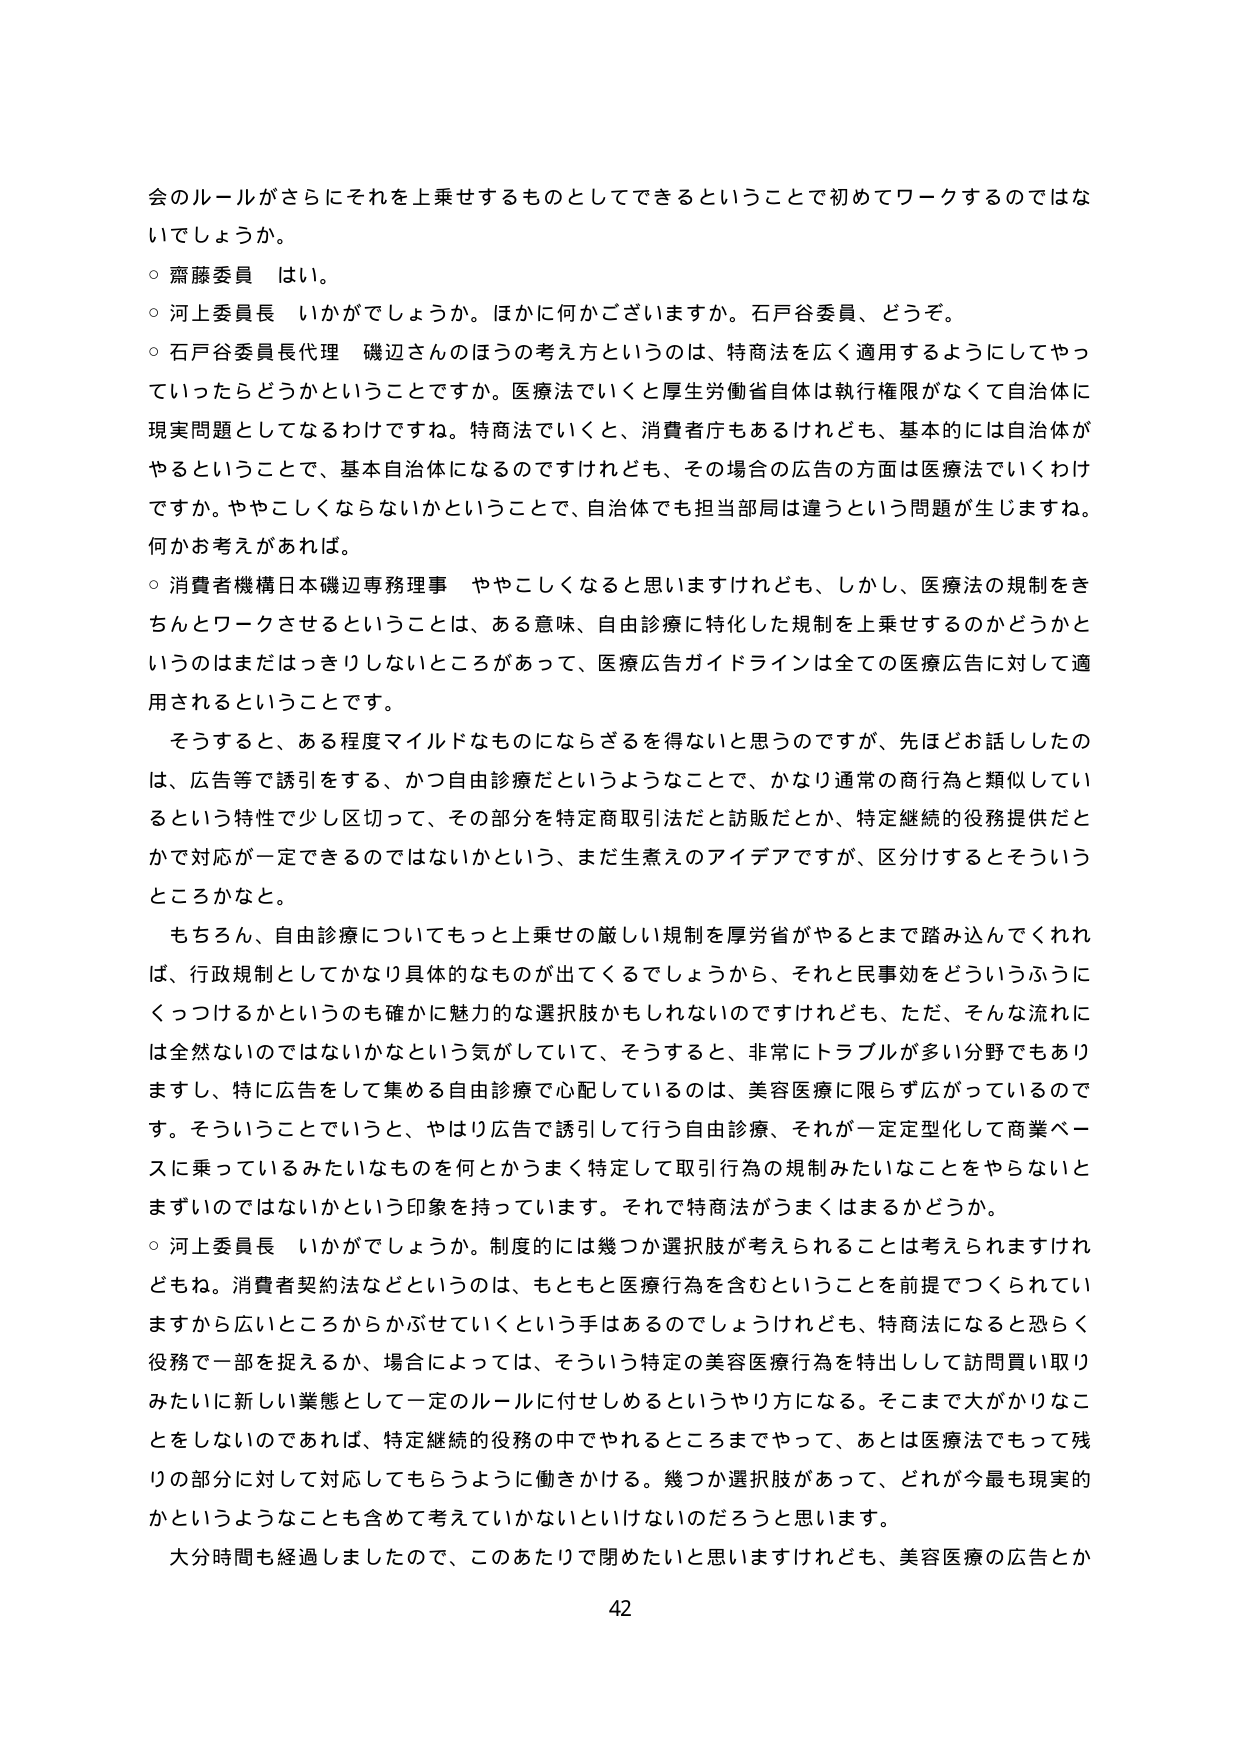
会のルールがさらにそれを上乗せするものとしてできるということで初めてワークするのではな
いでしょうか。
○ 齋藤委員 はい。
○ 河上委員長 いかがでしょうか。ほかに何かございますか。石戸谷委員、どうぞ。
○ 石戸谷委員長代理 磯辺さんのほうの考え方というのは、特商法を広く適用するようにしてやっ
ていったらどうかということですか。医療法でいくと厚生労働省自体は執行権限がなくて自治体に
現実問題としてなるわけですね。特商法でいくと、消費者庁もあるけれども、基本的には自治体が
やるということで、基本自治体になるのですけれども、その場合の広告の方面は医療法でいくわけ
ですか。ややこしくならないかということで、自治体でも担当部局は違うという問題が生じますね。
何かお考えがあれば。
○ 消費者機構日本磯辺専務理事 ややこしくなると思いますけれども、しかし、医療法の規制をき
ちんとワークさせるということは、ある意味、自由診療に特化した規制を上乗せするのかどうかと
いうのはまだはっきりしないところがあって、医療広告ガイドラインは全ての医療広告に対して適
用されるということです。
　そうすると、ある程度マイルドなものにならざるを得ないと思うのですが、先ほどお話したの
は、広告等で誘引をする、かつ自由診療だというようなことで、かなり通常の商行為と類似してい
るという特性で少し区切って、その部分を特定商取引法だと訪販だとか、特定継続的役務提供だと
かで対応が一定できるのではないかという、まだ生煮えのアイデアですが、区分けるとそういう
ところかなと。
　もちろん、自由診療についてもっと上乗せの厳しい規制を厚労省がやるとまで踏み込んでくれれ
ば、行政規制としてかなり具体的なものが出てくるでしょうから、それと民事効をどういうふうに
くっつけるかというのも確かに魅力的な選択肢かもしれないのですけれども、ただ、そんな流れに
は全然ないのではないかなという気がしていて、そうすると、非常にトラブルが多い分野でもあり
ますし、特に広告をして集める自由診療で心配しているのは、美容医療に限らず広がっているので
す。そういうことでしょうと、やはり広告で誘引して行う自由診療、それが一定定型化して商業ベー
スに乗っているみたいなものを何とかうまく特定して取引行為の規制みたいなことをやらないと
まずいのではないかという印象を持っています。それで特商法がうまくはまるかどうか。
○ 河上委員長 いかがでしょうか。制度的には幾つか選択肢が考えられることは考えられますけれ
どもね。消費者契約法などというのは、もともと医療行為を含むということを前提でつくられてい
ますから広いところからかぶせていくという手はあるのでしょうけれども、特商法になると恐らく
役務で一部を捉えるか、場合によっては、そういう特定の美容医療行為を特出しして訪問買い取り
みたいに新しい業態として一定のルールに付せしめるというやり方になる。そこまで大がかりなこ
とをしないのであれば、特定継続的役務の中でやれるところまでやって、あとは医療法でもって残
りの部分に対して対応してもらうように働きかける。幾つか選択肢があって、どれが今最も現実的
かというようなことも含めて考えていないといけないのだろうと思います。
　大分時間も経過しましたので、このあたりで閉めたいと思いますけれども、美容医療の広告とか
42